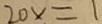
2 0 x = 1